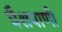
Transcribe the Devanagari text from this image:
वैशवाणी